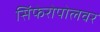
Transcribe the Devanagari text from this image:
सिंफेरोपोलवर